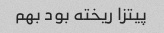
پیتزا ریخته بود بهم